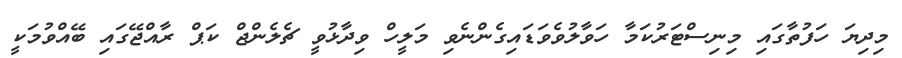
މިދިޔަ ހަފުތާގައި މިނިސްޓަރުކަމާ ހަވާލުވެވަޑައިގެންނެވި މަލީހް ވިދާޅުވީ ޗެލެންޖް ކަޕް ރާއްޖޭގައި ބޭއްވުމަކީ